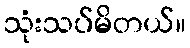
သုံးသပ်မိတယ်။